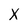
Character: X